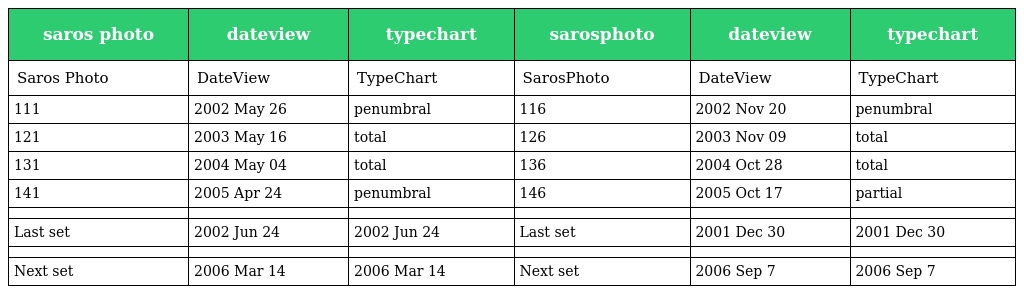
| saros photo | dateview | typechart | sarosphoto | dateview | typechart |
 | --- | --- | --- | --- | --- | --- |
 | Saros Photo | DateView | TypeChart | SarosPhoto | DateView | TypeChart |
 | 111 | 2002 May 26 | penumbral | 116 | 2002 Nov 20 | penumbral |
 | 121 | 2003 May 16 | total | 126 | 2003 Nov 09 | total |
 | 131 | 2004 May 04 | total | 136 | 2004 Oct 28 | total |
 | 141 | 2005 Apr 24 | penumbral | 146 | 2005 Oct 17 | partial |
 |  |  |  |  |  |  |
 | Last set | 2002 Jun 24 | 2002 Jun 24 | Last set | 2001 Dec 30 | 2001 Dec 30 |
 |  |  |  |  |  |  |
 | Next set | 2006 Mar 14 | 2006 Mar 14 | Next set | 2006 Sep 7 | 2006 Sep 7 |